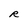
Character: R